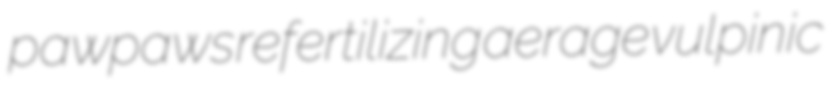
pawpaws refertilizing aerage vulpinic